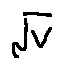
\sqrt { v }